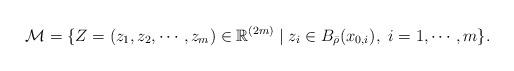
LaTeX: \begin{align*}\mathcal{M}=\{Z=(z_1,z_2,\cdots, z_m)\in\mathbb{R}^{(2m)}\mid z_i\in B_{\bar{\rho}}(x_{0,i}), \ i=1,\cdots,m\}.\end{align*}